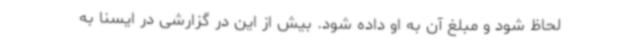
لحاظ شود و مبلغ آن به او داده شود. بیش از این در گزارشی در ایسنا به